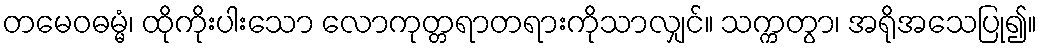
တမေဝဓမ္မံ၊ ထိုကိုးပါးသော လောကုတ္တရာတရားကိုသာလျှင်။ သက္ကတွာ၊ အရိုအသေပြု၍။